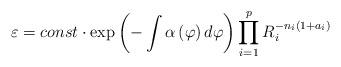
LaTeX: \begin{align*}\varepsilon =const\cdot \exp \left( -\int \alpha \left( \varphi \right)d\varphi \right) \prod_{i=1}^pR_i^{-n_i(1+a_i)} \end{align*}